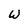
Character: W